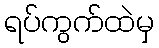
ရပ်ကွက်ထဲမှ